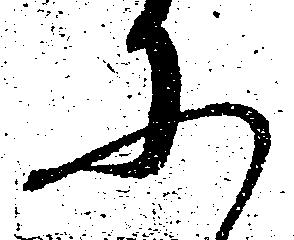
に